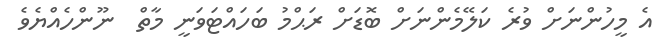
އެ މީހުންނަށް ވުރެ ކަލޭމެންނަށް ބޮޑަށް ރަޙްމު ބަހައްޓަވަނީ މާތް  ނޫންހެއްޔެވެ